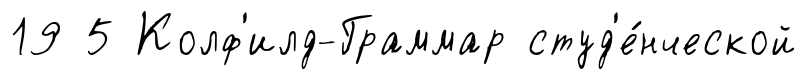
19 5 Колф'илд-Граммар студ'е́нческой